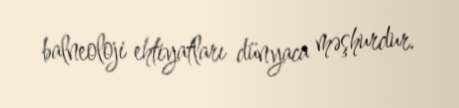
balneoloji ehtiyatları dünyaca məşhurdur.